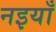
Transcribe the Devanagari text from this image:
नइयाँ